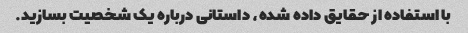
با استفاده از حقایق داده شده، داستانی درباره یک شخصیت بسازید.